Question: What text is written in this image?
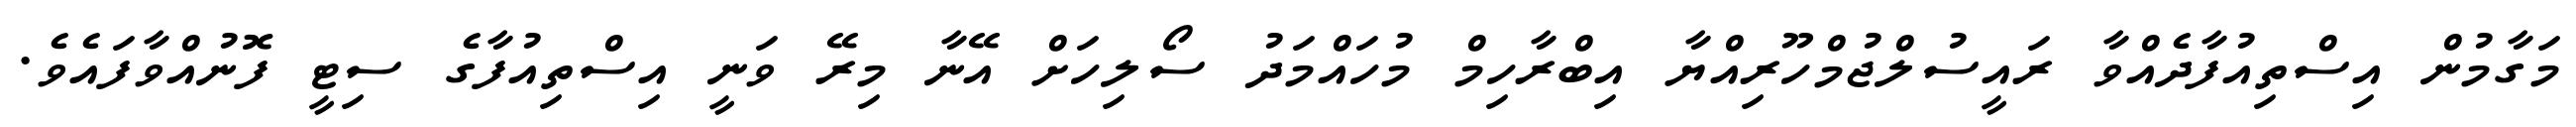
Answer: މަގާމުން އިސްތިއުފާދެއްވާ ރައީސުލްޖުމްހޫރިއްޔާ އިބްރާހިމް މުހައްމަދު ސޯލިހަށް އޭނާ މިރޭ ވަނީ އިސްތިއުފާގެ ސިޓީ ފޮނުއްވާފައެވެ.